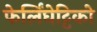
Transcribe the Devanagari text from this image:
फेर्लिंघेट्टिको